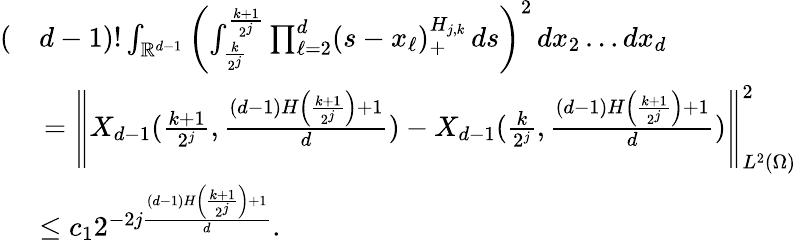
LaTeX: \begin{array}{rl}{(}&{d-1)!\int_{\mathbb{R}^{d-1}}\left(\int_{\frac{k}{2^{j}}}^{\frac{k+1}{2^{j}}}\prod_{\ell=2}^{d}(s-x_{\ell})_{+}^{H_{j,k}}\, ds\right)^{2}\, dx_{2}\ldots dx_{d}}\\ &{\, =\left\| X_{d-1}(\frac{k+1}{2^{j}},\frac{(d-1)H\left(\frac{k+1}{2^{j}}\right)+1}{d})-X_{d-1}(\frac{k}{2^{j}},\frac{(d-1)H\left(\frac{k+1}{2^{j}}\right)+1}{d})\right\| _{L^{2}(\Omega)}^{2}}\\ &{\leq c_{1}2^{-2j\frac{(d-1)H\left(\frac{k+1}{2^{j}}\right)+1}{d}}.}\end{array}